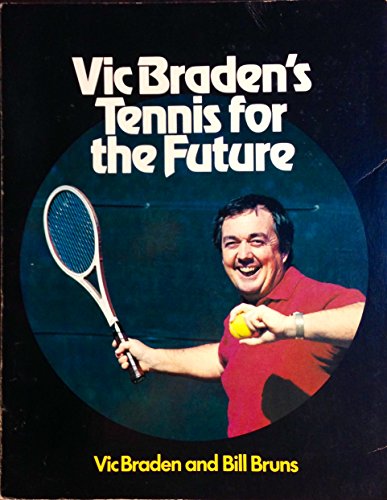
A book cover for Vic Braden's Tennis for the Future; Vic Braden; Sports & Outdoors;